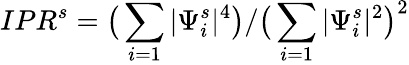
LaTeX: IPR^{s}=\big(\sum_{i=1}|\Psi_{i}^{s}|^{4}\big)/\big(\sum_{i=1}|\Psi_{i}^{s}|^{2}\big)^{2}